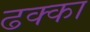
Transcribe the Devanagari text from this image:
ढक्का